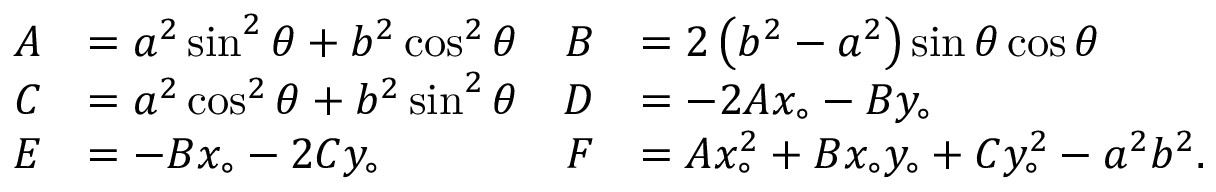
{ \begin{array} { r l r l } { A } & { = a ^ { 2 } \sin ^ { 2 } \theta + b ^ { 2 } \cos ^ { 2 } \theta } & { B } & { = 2 \left( b ^ { 2 } - a ^ { 2 } \right) \sin \theta \cos \theta } \\ { C } & { = a ^ { 2 } \cos ^ { 2 } \theta + b ^ { 2 } \sin ^ { 2 } \theta } & { D } & { = - 2 A x _ { \circ } - B y _ { \circ } } \\ { E } & { = - B x _ { \circ } - 2 C y _ { \circ } } & { F } & { = A x _ { \circ } ^ { 2 } + B x _ { \circ } y _ { \circ } + C y _ { \circ } ^ { 2 } - a ^ { 2 } b ^ { 2 } . } \end{array} }